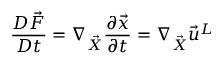
\frac { D \vec { F } } { D t } = \nabla _ { \vec { X } } \frac { \partial \vec { x } } { \partial t } = \nabla _ { \vec { X } } \vec { u } ^ { L }